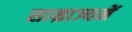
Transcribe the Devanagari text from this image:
साम्राज्यमें